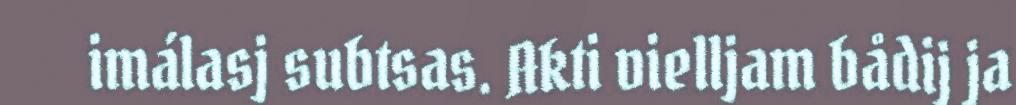
imálasj subtsas. Akti vielljam bådij ja